Distribution and causation of leprosy in British India
Year: 1875
Disease focus: Leprosy
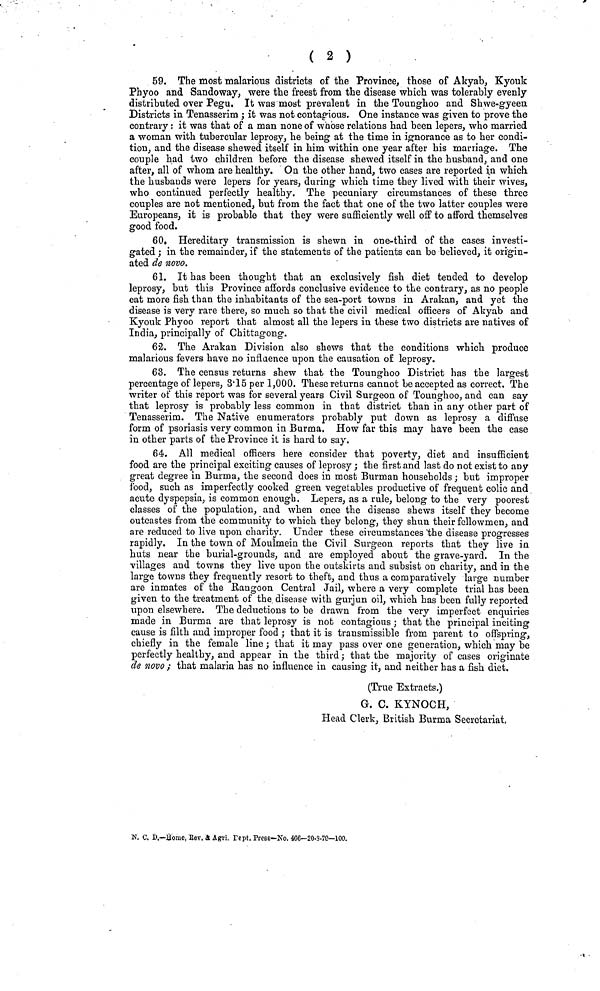
( 2 )
59. The most malarious districts of the Province, those of Akyab, Kyouk
Phyoo and Sandoway, were the freest from the disease which was tolerably evenly
distributed over Pegu. It was most prevalent in the Tounghoo and Shwe-gyeen
Districts in Tenasserim ; it was not contagious. One instance was given to prove the
contrary : it was that of a man none of whose relations had been lepers, who married
a woman with tubercular leprosy, he being at the time in ignorance as to her condi-
tion, and the disease shewed itself in him within one year after his marriage. The
couple had two children before the disease shewed itself in the husband, and one
after, all of whom are healthy. On the other hand, two cases are reported in which
the husbands were lepers for years, during which time they lived with their wives,
who continued perfectly healthy. The pecuniary circumstances of these three
couples are not mentioned, but from the fact that one of the two latter couples were
Europeans, it is probable that they were sufficiently well off to afford themselves
good food.
60. Hereditary transmission is shewn in one-third of the cases investi-
gated ; in the remainder, if the statements of the patients can be believed, it origin-
ated de novo.
61. It has been thought that an exclusively fish diet tended to develop
leprosy, but this Province affords conclusive evidence to the contrary, as no people
eat more fish than the inhabitants of the sea-port towns in Arakan, and yet the
disease is very rare there, so much so that the civil medical officers of Akyab and
Kyouk Phyoo report that almost all the lepers in these two districts are natives of
India, principally of Chittagong.
62. The Arakan Division also shews that the conditions which produce
malarious fevers have no influence upon the causation of leprosy.
63. The census returns shew that the Tounghoo District has the largest
percentage of lepers, 3·15 per 1,000. These returns cannot be accepted as correct. The
writer of this report was for several years Civil Surgeon of Tounghoo, and can say
that leprosy is probably less common in that district than in any other part of
Tenasserim. The Native enumerators probably put down as leprosy a diffuse
form of psoriasis very common in Burma. How far this may have been the case
in other parts of the Province it is hard to say.
64. All medical officers here consider that poverty, diet and insufficient
food are the principal exciting causes of leprosy ; the first and last do not exist to any
great degree in Burma, the second does in most Burman households ; but improper
food, such as imperfectly cooked green vegetables productive of frequent colic and
acute dyspepsia, is common enough. Lepers, as a rule, belong to the very poorest
classes of the population, and when once the disease shews itself they become
outcastes from the community to which they belong, they shun their fellowmen, and
are reduced to live upon charity. Under these circumstances the disease progresses
rapidly. In the town of Moulmein the Civil Surgeon reports that they live in
huts near the burial-grounds, and are employed about the grave-yard. In the
villages and towns they live upon the outskirts and subsist on charity, and in the
large towns they frequently resort to theft, and thus a comparatively large number
are inmates of the Rangoon Central Jail, where a very complete trial has been
given to the treatment of the disease with gurjun oil, which has been fully reported
upon elsewhere. The deductions to be drawn from the very imperfect enquiries
made in Burma are that leprosy is not contagious ; that the principal inciting
cause is filth and improper food ; that it is transmissible from parent to offspring,
chiefly in the female line ; that it may pass over one generation, which may be
perfectly healthy, and appear in the third; that the majority of cases originate
de novo ; that malaria has no influence in causing it, and neither has a fish diet.
(True Extracts.)
G. C. KYNOCH,
Head Clerk, British Burma Secretariat,
N. C. D.—Home, Eev. & Agri. Tcpt. Press—No. 466—20-S-7C—100.